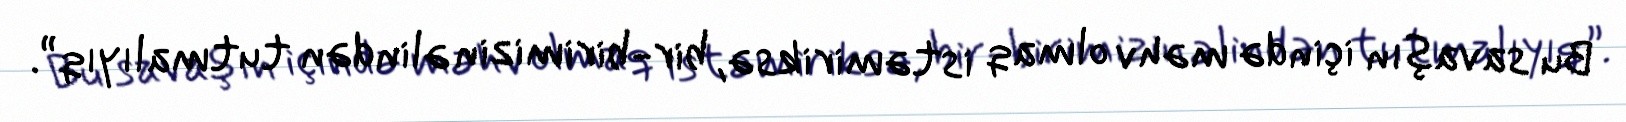
Bu savaşın içində məhv olmaq istəmiriksə, bir-birimizin əlindən tutmalıyıq”.